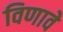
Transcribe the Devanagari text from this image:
विणावे